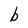
Character: b